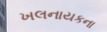
ખલનાયકના